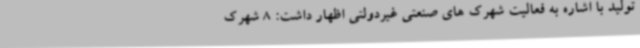
تولید با اشاره به فعالیت شهرک های صنعتی غیردولتی اظهار داشت: 8 شهرک